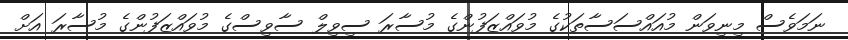
ނަމަވެސް މިނިވަން މުއައްސަސާތަކުގެ މުވައްޒަފުންގެ މުސާރަ ސިވިލް ސާވިސްގެ މުވައްޒަފުންގެ މުސާރަ އަށް